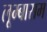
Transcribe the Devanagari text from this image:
लूम्बाराम